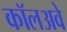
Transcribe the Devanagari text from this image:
कॉलअवे